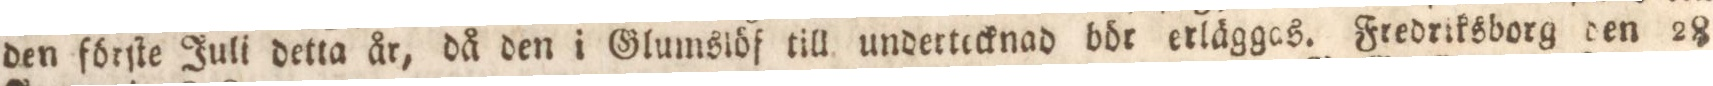
den förſte Juli detta år, då den i Glumslöf till undertecknad bör erläggas. Fredriksborg den 28